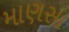
માણસા